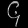
Digit: ၄